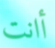
أانت